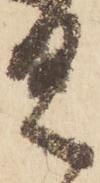
具